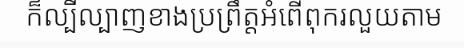
ក៏ល្បីល្បាញខាងប្រព្រឹត្តអំពើពុករលួយតាម